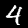
Digit: 4